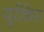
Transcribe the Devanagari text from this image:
यूरीकेस